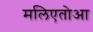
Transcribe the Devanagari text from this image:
मलिएतोआ